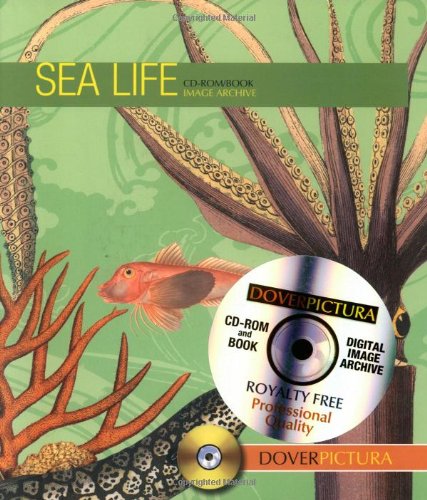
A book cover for Sea Life (Dover Pictura Electronic Clip Art); Dover; Arts & Photography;